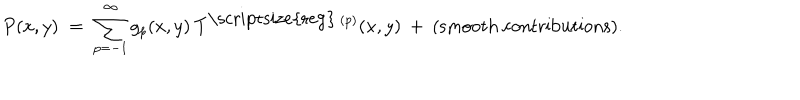
P ( x , y ) \; = \; \sum _ { p = - 1 } ^ { \infty } g _ { p } ( x , y ) \: T ^ { \mathrm { \scriptsize { r e g } } \: ( p ) } ( x , y ) \: + \: { \mathrm { ( s m o o t h ~ c o n t r i b u t i o n s ) } } .